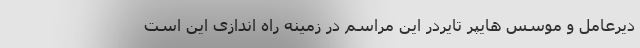
دیرعامل و موسس هایپر تایردر این مراسم در زمینه راه اندازی این است